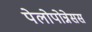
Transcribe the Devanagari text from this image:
पेलोपोन्नेसस